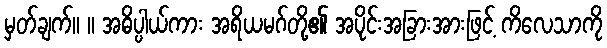
မှတ်ချက်။ ။ အဓိပ္ပါယ်ကား အရိယမဂ်တို့၏ အပိုင်းအခြားအားဖြင့် ကိလေသာကို